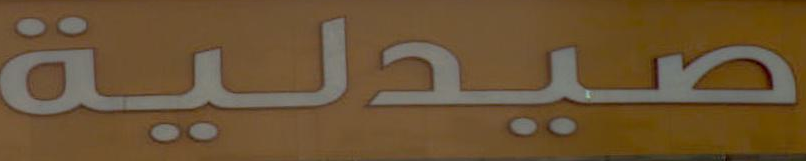
صيدلية